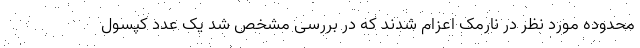
محدوده مورد نظر در نارمک اعزام شدند که در بررسی مشخص شد یک عدد کپسول